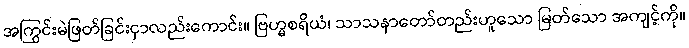
အကြွင်းမဲဖြတ်ခြင်းငှာလည်းကောင်း။ ဗြဟ္မစရိယံ၊ သာသနာတော်တည်းဟူသော မြတ်သော အကျင့်ကို။